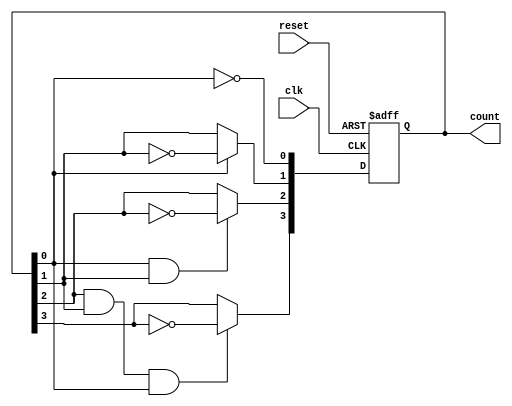
module ripple_counter (
    input wire clk,         // Clock input
    input wire reset,       // Asynchronous reset
    output reg [3:0] count  // 4-bit count output
);

// On every rising edge of the clock or when reset is asserted
always @(posedge clk or posedge reset) begin
    if (reset) begin
        count <= 4'b0000; // Reset the count to 0
    end else begin
        // T flip-flop behavior for ripple counting
        count[0] <= ~count[0]; // Toggle LSB
        count[1] <= count[0] ? ~count[1] : count[1]; // Toggle next FF on falling edge of LSB
        count[2] <= (count[0] & count[1]) ? ~count[2] : count[2]; // Toggle next FF on falling edge of 2nd FF
        count[3] <= (count[2] & count[1] & count[0]) ? ~count[3] : count[3]; // Toggle 4th FF
    end
end

endmodule